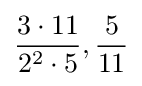
{\frac {3\cdot 11}{2^{2}\cdot 5}},{\frac {5}{11}}